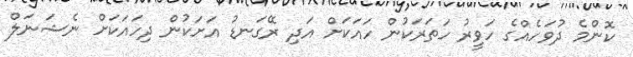
ކޮންމެ ދުވަހެއްގެ ހަވީރު ހަތަރަކުން ހައަކަށް އަދި ރޭގަނޑު އަށަކުން ދިހައަކަށް ނެޝަނަލް